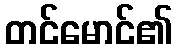
တင်မောင်၏